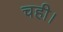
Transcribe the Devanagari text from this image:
चही।